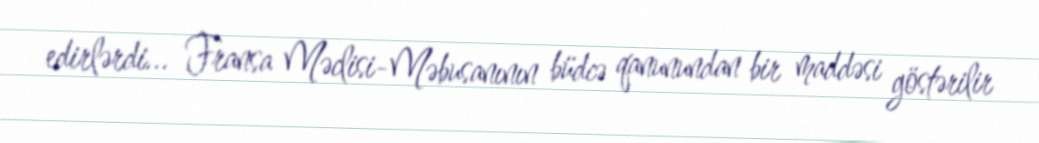
edirlərdi... Fransa Məclisi-Məbusanının büdcə qanunundan bir maddəsi göstərilir